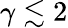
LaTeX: \gamma\lesssim 2